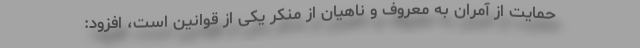
حمایت از آمران به معروف و ناهیان از منکر یکی از قوانین است، افزود: